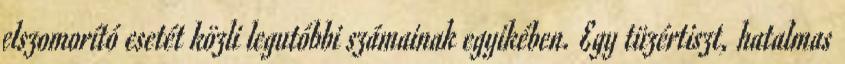
elszomorító esetét közli legutóbbi számainak egyikében. Egy tüzértiszt, hatalmas